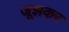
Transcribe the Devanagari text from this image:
जूझकर